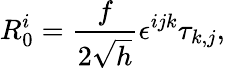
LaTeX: R_{0}^{i}=\frac{f}{2\sqrt{h}}\epsilon^{ijk}\tau_{k,j},